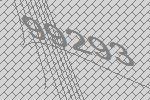
99293